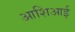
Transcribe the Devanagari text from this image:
आशिआई